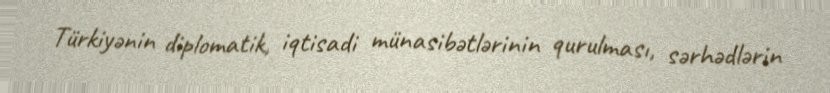
Türkiyənin diplomatik, iqtisadi münasibətlərinin qurulması, sərhədlərin